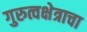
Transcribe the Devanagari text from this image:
गुरुत्वक्षेत्राचा